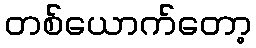
တစ်ယောက်တော့